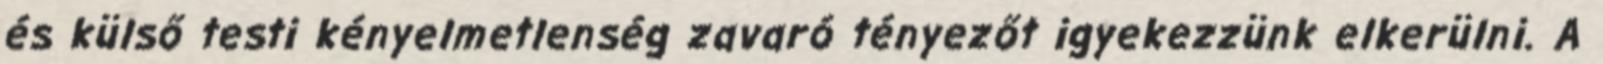
és külső testi kényelmetlenség zavaró tényezőt igyekezzünk elkerülni. A